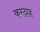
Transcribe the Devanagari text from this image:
करदाह